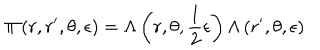
LaTeX: \Pi \left( r , r ^ { \prime } , \theta , \epsilon \right) = \Lambda \left( r , \theta , \frac { 1 } { 2 } \epsilon \right) \Lambda \left( r ^ { \prime } , \theta , \epsilon \right)